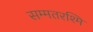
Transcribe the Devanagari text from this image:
सम्मतरश्मि